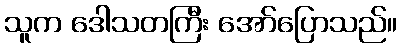
သူက ဒေါသတကြီး အော်ပြောသည်။